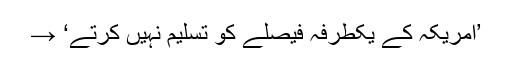
’امریکہ کے یکطرفہ فیصلے کو تسلیم نہیں کرتے‘ →